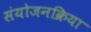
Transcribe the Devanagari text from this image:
संयोजनक्रिया